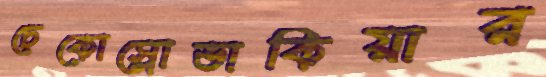
চেকোস্লোভাকিয়ার